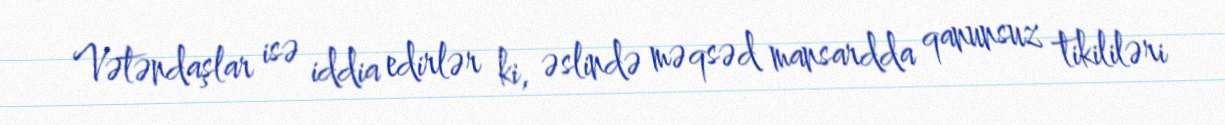
Vətəndaşlar isə iddia edirlər ki, əslində məqsəd mansardda qanunsuz tikililəri